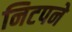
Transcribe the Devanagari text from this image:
निटपने